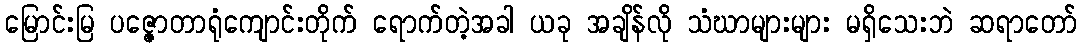
မြောင်းမြ ပဇ္ဇောတာရုံကျောင်းတိုက် ရောက်တဲ့အခါ ယခု အချိန်လို သံဃာများများ မရှိသေးဘဲ ဆရာတော်